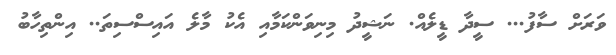
ވަރަށް ސާފު... ސީދާ ޑީލެއް. ނަޝީދު މިނިވަންކަމާއި އެކު މާލެ އައިސްސިތަ.. އިންތިހާބު